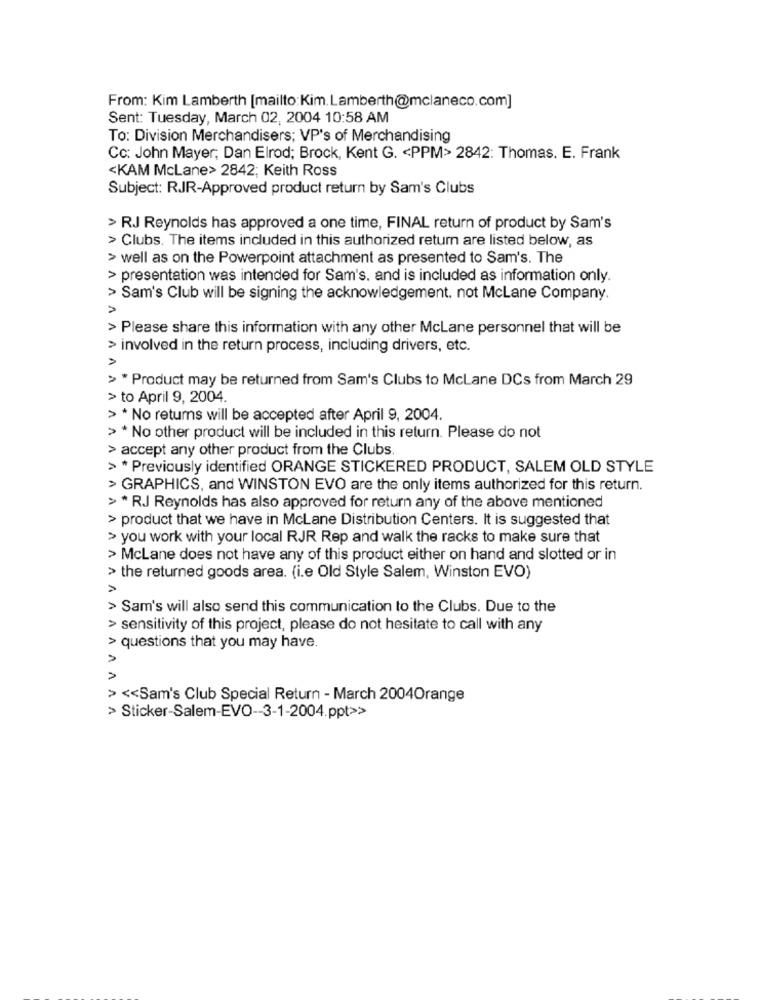
From: Kim Lamberth [mailto:Kim.Lamberth@mclaneco.com]
Sent: Tuesday, March 02, 2004 10:58 AM
To: Division Merchandisers; VP's of Merchandising
Cc: John Mayer; Dan Elrod; Brock, Kent G. < PPM> 2842: Thomas. E. Frank
<KAM McLane> 2842; Keith Ross
Subject: RJR-Approved product return by Sam's Clubs
> RJ Reynolds has approved a one time, FINAL return of product by Sam's
> Clubs. The items included in this authorized return are listed below, as
> well as on the Powerpoint attachment as presented to Sam's. The
> presentation was intended for Sam's, and is included as information only.
> Sam's Club will be signing the acknowledgement. not McLane Company.
> Please share this information with any other McLane personnel that will be
> involved in the return process, including drivers, etc.
A
> * Product may be returned from Sam's Clubs to McLane DCs from March 29
> to April 9, 2004
> * No returns will be accepted after April 9, 2004.
> * No other product will be included in this return. Please do not
> accept any other product from the Clubs
> * Previously identified ORANGE STICKERED PRODUCT, SALEM OLD STYLE
> GRAPHICS, and WINSTON EVO are the only items authorized for this return.
> * RJ Reynolds has also approved for return any of the above mentioned
> product that we have in McLane Distribution Centers. It is suggested that
> you work with your local RJR Rep and walk the racks to make sure that
> McLane does not have any of this product either on hand and slotted or in
> the returned goods area. (i.e Old Style Salem, Winston EVO)
> Sam's will also send this communication to the Clubs. Due to the
> sensitivity of this project, please do not hesitate to call with any
> questions that you may have.
A
> << Sam's Club Special Return - March 2004Orange
> Sticker-Salem-EVO -- 3-1-2004.ppt>>